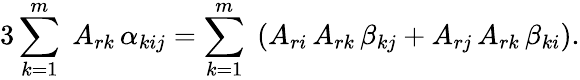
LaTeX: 3\sum_{k=1}^{m}\; A_{rk}\, \alpha_{kij}=\sum_{k=1}^{m}\; \left(A_{ri}\, A_{rk}\, \beta_{kj}+A_{rj}\, A_{rk}\, \beta_{ki}\right).